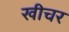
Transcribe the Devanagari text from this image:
खीचर